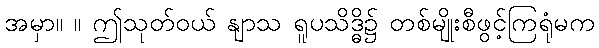
အမှာ။ ။ ဤသုတ်ဝယ် နျာသ ရူပသိဒ္ဓိ၌ တစ်မျိုးစီဖွင့်ကြရုံမက